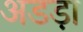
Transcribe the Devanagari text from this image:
अडड़ा